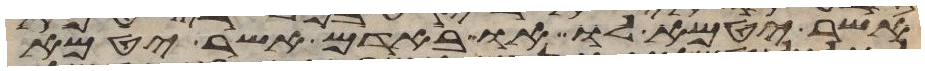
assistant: אשר יטמא לו או באדם אשר יטמא